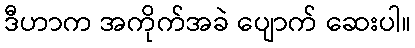
ဒီဟာက အကိုက်အခဲ ပျောက် ဆေးပါ။